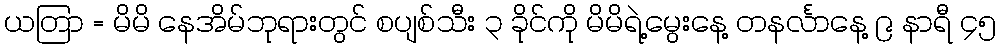
ယတြာ = မိမိ နေအိမ်ဘုရားတွင် စပျစ်သီး ၃ ခိုင်ကို မိမိရဲ့မွေးနေ့ တနင်္လာနေ့ ၉ နာရီ ၄၅